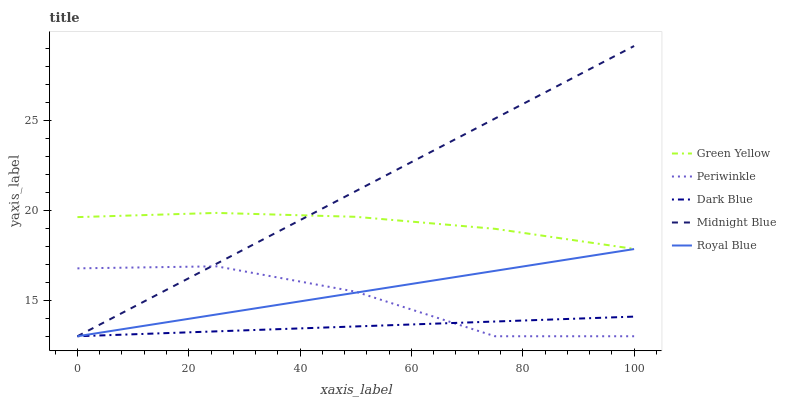
| xaxis_label | Green Yellow | Periwinkle | Dark Blue | Midnight Blue | Royal Blue |
 | --- | --- | --- | --- | --- | --- |
 | 0 | 19.6 | 16.8 | 13 | 13 | 13 |
 | 25 | 19.9 | 16.9 | 13.3 | 17 | 14.2 |
 | 50 | 19.6 | 15.5 | 13.5 | 21.1 | 15.4 |
 | 75 | 19 | 13 | 13.8 | 25.1 | 16.6 |
 | 100 | 17.9 | 13 | 14.1 | 29.1 | 17.8 |